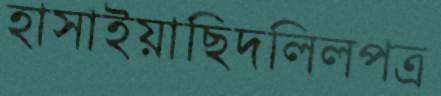
হাসাইয়াছিদলিলপত্র